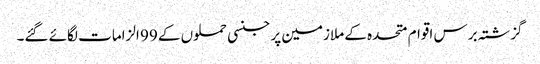
گزشتہ برس اقوام متحدہ کے ملازمین پر جنسی حملوں کے 99 الزامات لگائے گئے۔